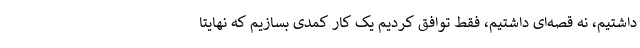
داشتیم، نه قصه‌ای داشتیم، فقط توافق کردیم یک کار کمدی بسازیم که نهایتا